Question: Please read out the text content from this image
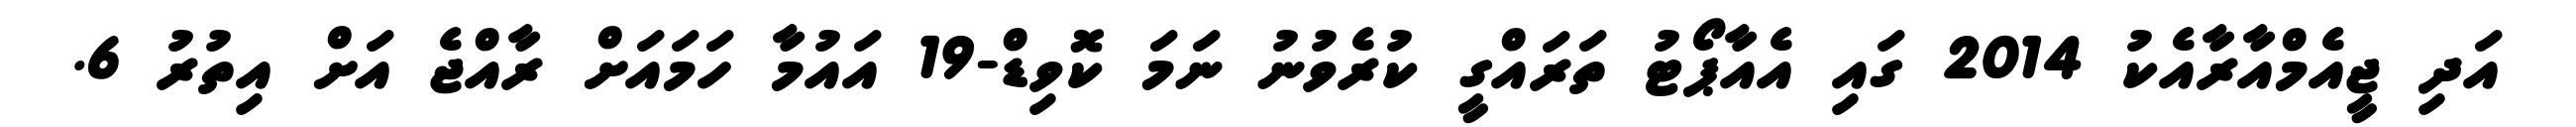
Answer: އަދި ޖީއެމްއާރާއެކު 2014 ގައި އެއާޕޯޓު ތަރައްގީ ކުރެވުނު ނަމަ ކޮވިޑް-19 އައުމާ ހަމައަށް ރާއްޖެ އަށް އިތުރު 6.